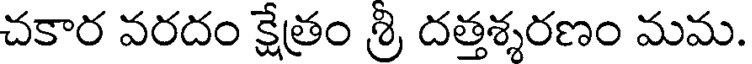
చకార వరదం క్షేత్రం శ్రి దత్తశ్శరణం మమ.